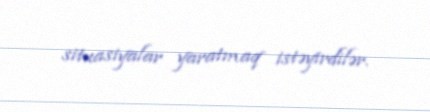
situasiyalar yaratmaq istəyirdilər.